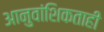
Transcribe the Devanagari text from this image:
आनुवांशिकताही